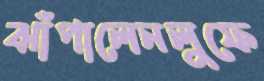
ঝাঁপালেনলুফে